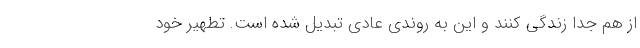
از هم جدا زندگی کنند و این به روندی عادی تبدیل شده است. تطهیر خود